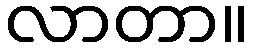
လာတာ။